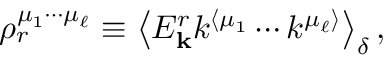
\rho _ { r } ^ { \mu _ { 1 } \cdots \mu _ { \ell } } \equiv \left\langle E _ { \mathbf { k } } ^ { r } k ^ { \langle \mu _ { 1 } } \cdots k ^ { \mu _ { \ell } \rangle } \right\rangle _ { \delta } ,